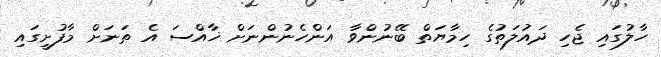
ހާލުގައި ޖެހި ދައުލަތުގެ ހިމާޔަތް ބޭނުންވާ އަންހެނުންނަށް ޚާއްސަ އެ ތަނަށް މާފުށީގައި